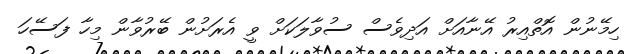
ހިމޭނުން އޮތްއިރު އޭނާއަށް އަދިވެސް ސުވާލަކަށް ވީ އެރަށުން ބޭރުވާން މިހާ ފަސޭހަ